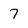
Character: 7